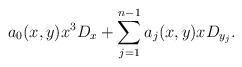
LaTeX: \begin{align*}a_0(x,y)x^3D_x + \sum_{j=1}^{n-1} a_j(x,y)xD_{y_j}.\end{align*}